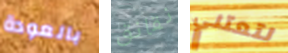
بالعودة نقانق لتعتني